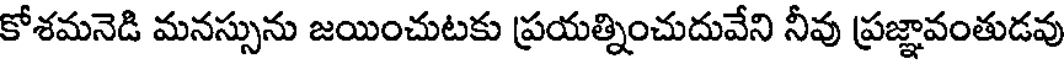
కోశమనెడి మనస్సును జయించుటకు ప్రయత్నించుదువేని నీవు ప్రజ్ఞావంతుడవు